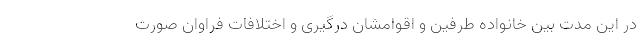
در این مدت بین خانواده طرفین و اقوامشان درگیری و اختلافات فراوان صورت